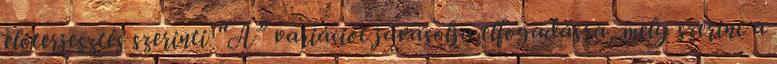
előterjesztés szerinti “A” variációt javasolja elfogadásra, mely szerint a